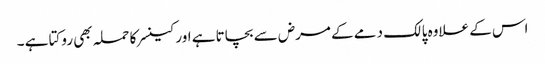
اس کے علاوہ پالک دمے کے مرض سے بچاتا ہے اور کینسر کا حملہ بھی روکتا ہے ۔